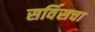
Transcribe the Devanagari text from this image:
सर्विसचा